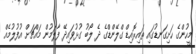
މީހުންގެ ހަށިގަނޑުގައި ތައިރޮއިޑް ގްލޭންޑްގެ ދެ ލޯބު ގުޅުވައިދޭ ފާލަމުން މައްޗަށް އުފުލުމެއް